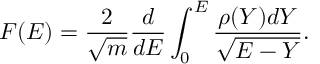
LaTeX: F ( E ) = \frac 2 { \sqrt { m } } \frac d { d E } \int _ { 0 } ^ { E } \frac { \rho ( Y ) d Y } { \sqrt { E - Y } } .